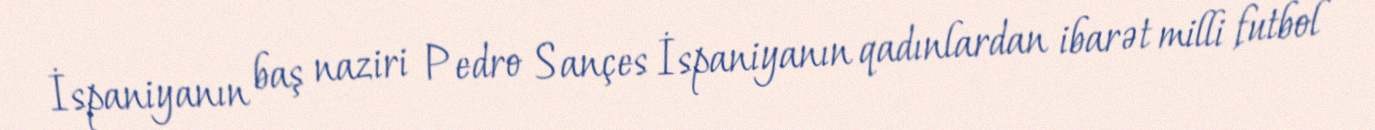
İspaniyanın baş naziri Pedro Sançes İspaniyanın qadınlardan ibarət milli futbol